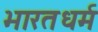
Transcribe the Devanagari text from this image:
भारतधर्म